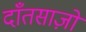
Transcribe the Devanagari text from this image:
दाँतसाज़ों